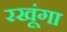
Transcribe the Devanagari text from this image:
रखूंगा